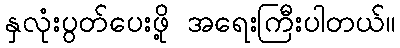
နှလုံးပွတ်ပေးဖို့ အရေးကြီးပါတယ်။